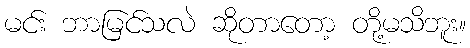
မင်း ဘာမြင်သလဲ ဆိုတာတော့ တို့မသိဘူး။